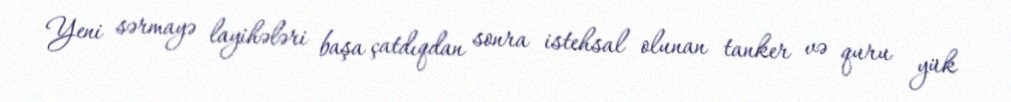
Yeni sərmayə layihələri başa çatdıqdan sonra istehsal olunan tanker və quru yük